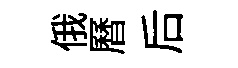
俄曆后